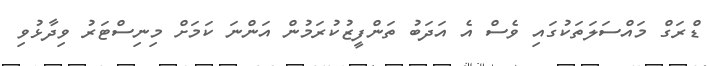
ޑްރަގް މައްސަލަތަކުގައި ވެސް އެ އަދަބު ތަންފީޒުކުރަމުން އަންނަ ކަމަށް މިނިސްޓަރު ވިދާޅުވި